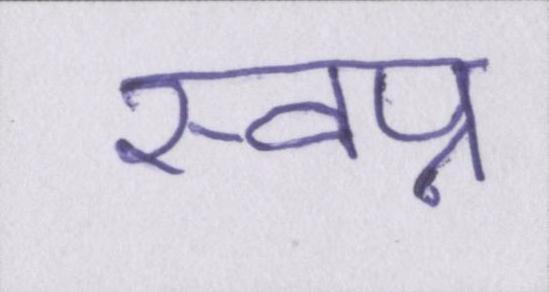
स्वप्न